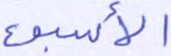
الأسبوع